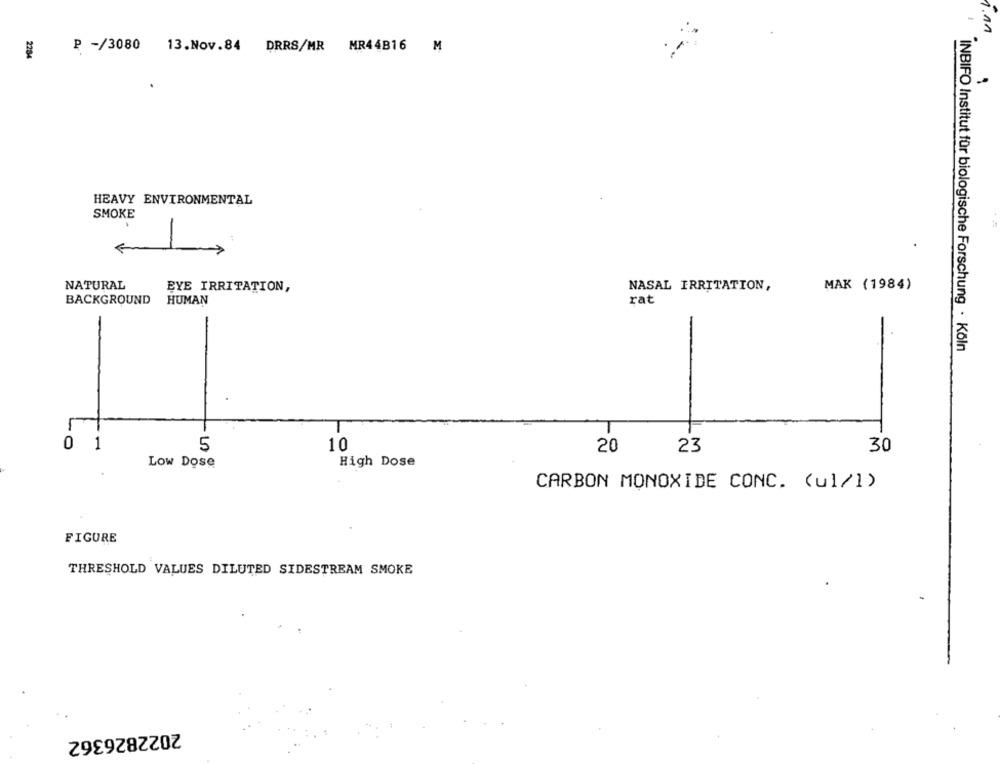
1.11
P -/3080
13.Nov.84
DRRS/MR MR44B16 M
2284
HEAVY ENVIRONMENTAL
SMOKE
NATURAL
EYE IRRITATION,
NASAL IRRITATION,
MAK (1984)
BACKGROUND
HUMAN
rat
INBIFO Institut für biologische Forschung · Köln
0
1
LO
5
10
20
23
30
Low Dose
High Dose
CARBON MONOXIDE CONC. (ul/1)
FIGURE
THRESHOLD VALUES DILUTED SIDESTREAM SMOKE
2022826362